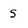
Character: s